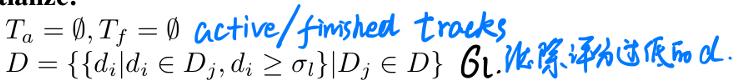
$T_a = \emptyset, T_f = \emptyset \text{ active/finished tracks.}$
$D = \{ \{d_i|d_i \in D_j, d_i \geq \sigma_l\} | D_j \in D \}$